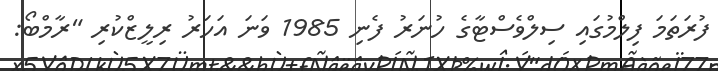
ފުރަތަމަ ފިލްމުގައި ސިލްވެސްޓާގެ ހުނަރު ފެނި 1985 ވަނަ އަހަރު ރިލީޒްކުރި "ރާމްބޯ: